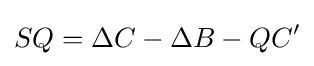
SQ=\Delta C-\Delta B-QC'